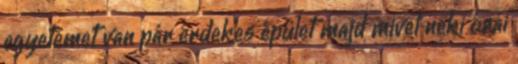
egyetemet van pár érdekes épület majd mivel neki órái